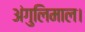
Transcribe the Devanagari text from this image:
अंगुलिमाल।